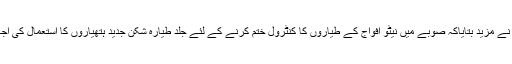
عہدیدار نے مزید بتایاکہ صوبے میں نیٹو افواج کے طیاروں کا کنٹرول ختم کرنے کے لئے جلد طیارہ شکن جدید ہتھیاروں کا استعمال کی اجائے گا ۔